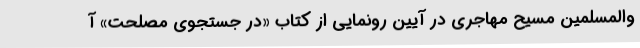
والمسلمین مسیح مهاجری در آیین رونمایی از کتاب «در جستجوی مصلحت» آ